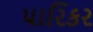
પારિકર